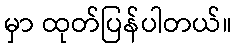
မှာ ထုတ်ပြန်ပါတယ်။